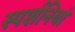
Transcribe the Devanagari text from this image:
स्पर्शनियां